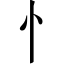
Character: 忄